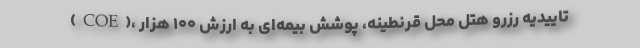
(COE)، تاییدیه رزرو هتل محل قرنطینه، پوشش بیمه‌ای به ارزش ۱۰۰ هزار